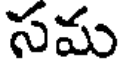
సమ